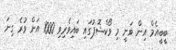
ބީބީއެމް އިން ވަނީ މި ވޯކްޝޮޕުގައި ބައިވެރިވި 1000 އަށް ވުރެ ގިނަ